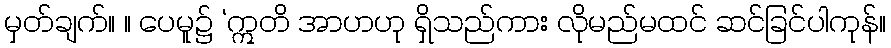
မှတ်ချက်။ ။ ပေမူ၌ ‘ဣတိ အာဟဟု ရှိသည်ကား လိုမည်မထင် ဆင်ခြင်ပါကုန်။